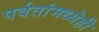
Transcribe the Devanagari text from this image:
पर्वतांमध्येही